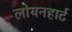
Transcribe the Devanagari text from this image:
लोयनहार्ट